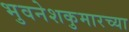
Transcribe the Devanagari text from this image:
भुवनेशकुमारच्या